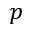
p